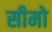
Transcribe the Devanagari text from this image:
सीमो